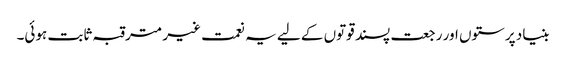
بنیاد پرستوں اور رجعت پسند قوتوں کے لیے یہ نعمت غیر مترقبہ ثابت ہوئی۔